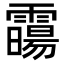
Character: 霷